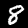
Label: 8